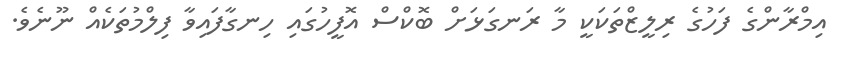
އިމްރާންގެ ފަހުގެ ރިލީޒްތަކަކީ މާ ރަނގަޅަށް ބޮކްސް އޮފީހުގައި ހިނގާފައިވާ ފިލްމުތަކެއް ނޫނެވެ.